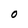
Character: O